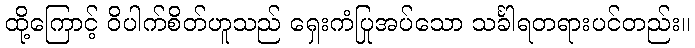
ထို့ကြောင့် ဝိပါက်စိတ်ဟူသည် ရှေးကံပြုအပ်သော သင်္ခါရတရားပင်တည်း။